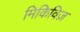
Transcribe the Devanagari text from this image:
मिकिविज़